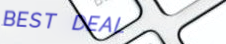
BEST DEAL